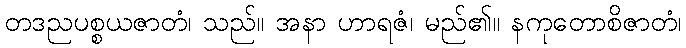
တဒညပစ္စယဇာတံ၊ သည်။ အနာ ဟာရဇံ၊ မည်၏။ နကုတောစိဇာတံ၊